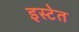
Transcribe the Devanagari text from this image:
इस्टेत